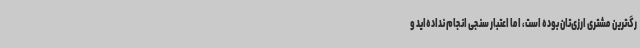
رگ‌ترین مشتری ارزی‌تان بوده است، اما اعتبار سنجی انجام نداده‌اید و